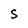
Character: S